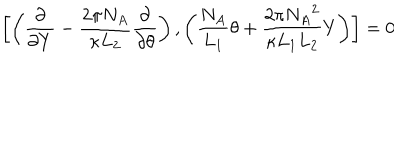
\left[ \left( \frac { \partial } { \partial Y } - \frac { 2 \pi N _ { A } } { \kappa L _ { 2 } } \frac { \partial } { \partial \theta } \right) , \left( \frac { N _ { A } } { L _ { 1 } } \theta + \frac { 2 \pi { N _ { A } } ^ { 2 } } { \kappa L _ { 1 } L _ { 2 } } Y \right) \right] = 0